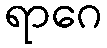
ရာဂေ